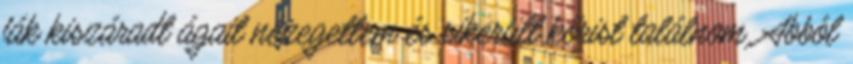
fák kiszáradt ágait nézegettem és sikerült kőrist találnom. Abból